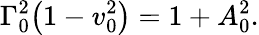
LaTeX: \Gamma_{0}^{2}{\left(1-v_{0}^{2}\right)}=1+A_{0}^{2}.